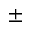
\pm